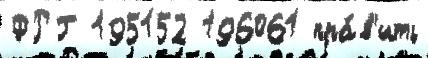
ФРГ 195152 196061 пра́в'ить